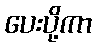
ပေးပို့ကာ